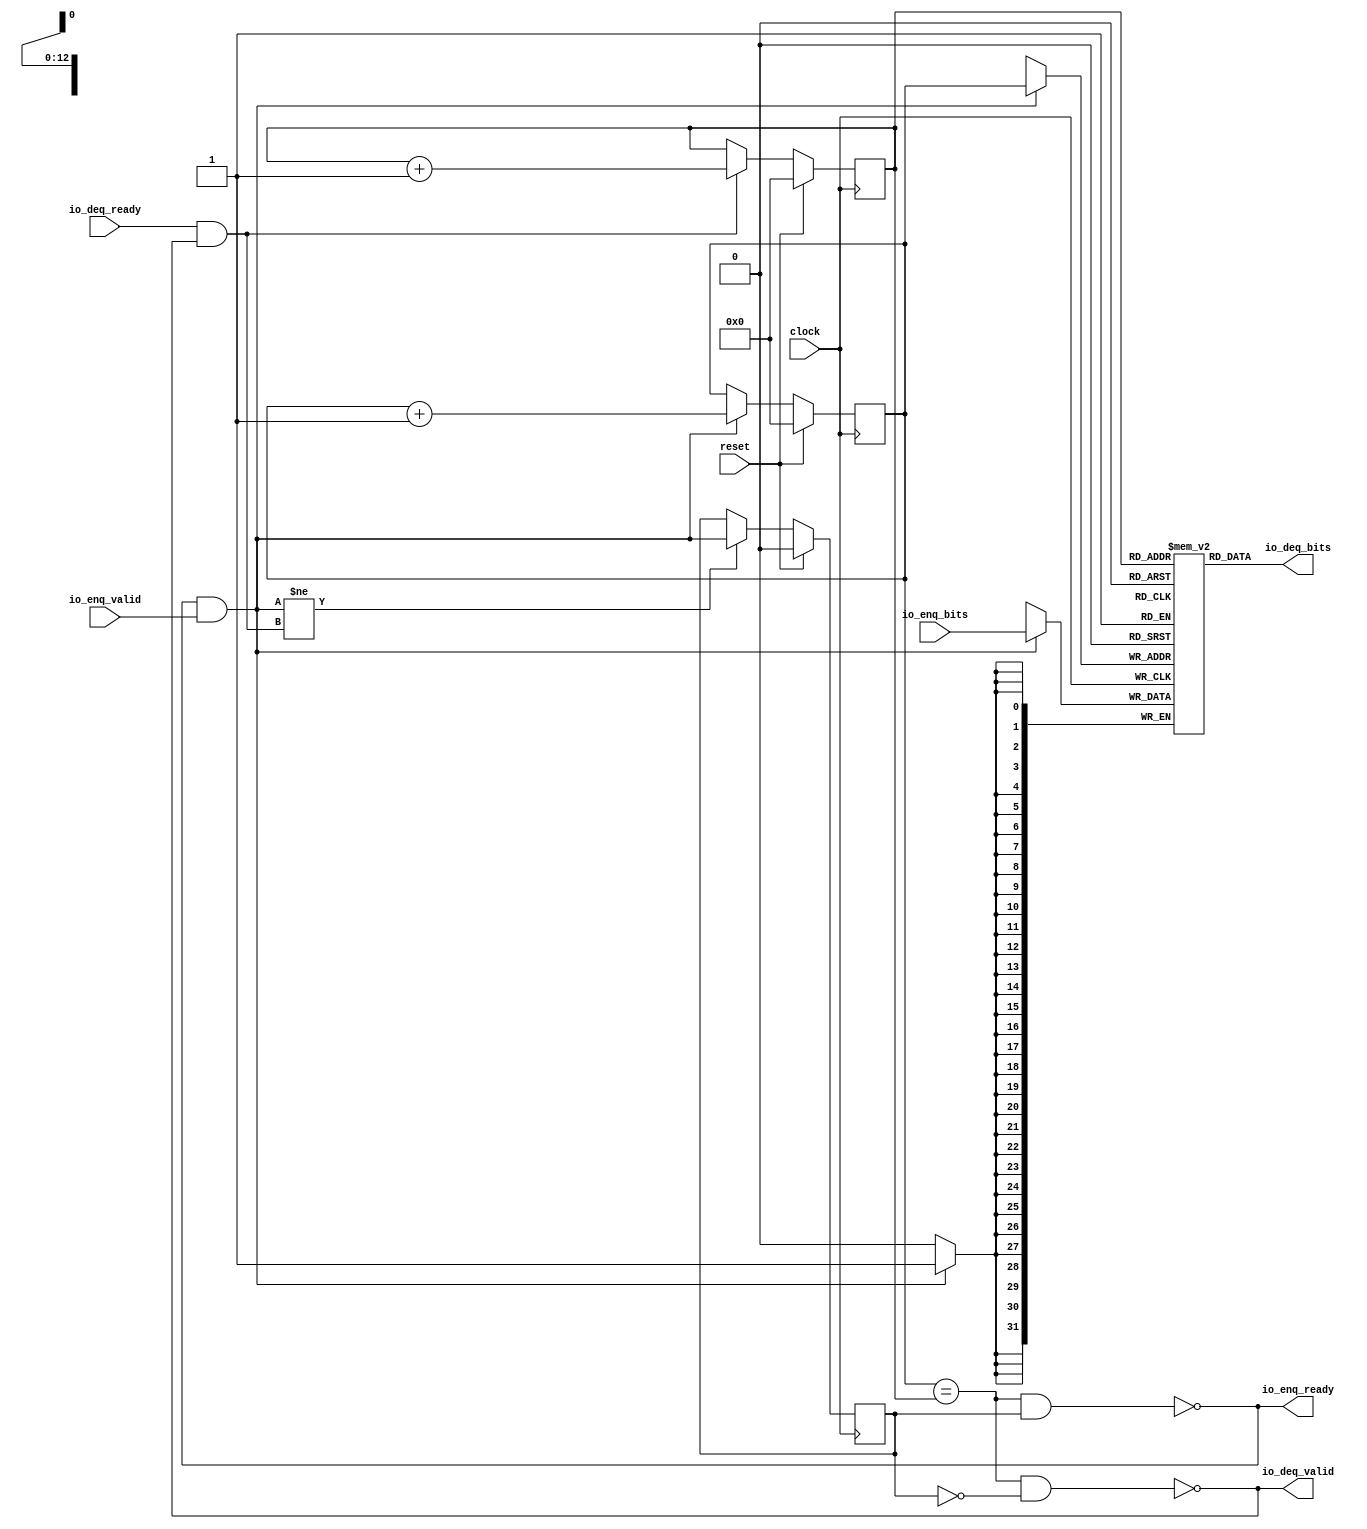
module Queue8192(
  input         clock,
  input         reset,
  output        io_enq_ready,
  input         io_enq_valid,
  input  [31:0] io_enq_bits,
  input         io_deq_ready,
  output        io_deq_valid,
  output [31:0] io_deq_bits
);
  reg [31:0] _T [0:8191]; // @[Decoupled.scala 209:24]
  reg [31:0] _RAND_0;
  wire [31:0] _T__T_18_data; // @[Decoupled.scala 209:24]
  wire [12:0] _T__T_18_addr; // @[Decoupled.scala 209:24]
  wire [31:0] _T__T_10_data; // @[Decoupled.scala 209:24]
  wire [12:0] _T__T_10_addr; // @[Decoupled.scala 209:24]
  wire  _T__T_10_mask; // @[Decoupled.scala 209:24]
  wire  _T__T_10_en; // @[Decoupled.scala 209:24]
  reg [12:0] value; // @[Counter.scala 29:33]
  reg [31:0] _RAND_1;
  reg [12:0] value_1; // @[Counter.scala 29:33]
  reg [31:0] _RAND_2;
  reg  _T_1; // @[Decoupled.scala 212:35]
  reg [31:0] _RAND_3;
  wire  _T_2; // @[Decoupled.scala 214:41]
  wire  _T_3; // @[Decoupled.scala 215:36]
  wire  _T_4; // @[Decoupled.scala 215:33]
  wire  _T_5; // @[Decoupled.scala 216:32]
  wire  _T_6; // @[Decoupled.scala 40:37]
  wire  _T_8; // @[Decoupled.scala 40:37]
  wire [12:0] _T_12; // @[Counter.scala 39:22]
  wire [12:0] _T_14; // @[Counter.scala 39:22]
  wire  _T_15; // @[Decoupled.scala 227:16]
  assign _T__T_18_addr = value_1;
  assign _T__T_18_data = _T[_T__T_18_addr]; // @[Decoupled.scala 209:24]
  assign _T__T_10_data = io_enq_bits;
  assign _T__T_10_addr = value;
  assign _T__T_10_mask = 1'h1;
  assign _T__T_10_en = io_enq_ready & io_enq_valid;
  assign _T_2 = value == value_1; // @[Decoupled.scala 214:41]
  assign _T_3 = ~_T_1; // @[Decoupled.scala 215:36]
  assign _T_4 = _T_2 & _T_3; // @[Decoupled.scala 215:33]
  assign _T_5 = _T_2 & _T_1; // @[Decoupled.scala 216:32]
  assign _T_6 = io_enq_ready & io_enq_valid; // @[Decoupled.scala 40:37]
  assign _T_8 = io_deq_ready & io_deq_valid; // @[Decoupled.scala 40:37]
  assign _T_12 = value + 13'h1; // @[Counter.scala 39:22]
  assign _T_14 = value_1 + 13'h1; // @[Counter.scala 39:22]
  assign _T_15 = _T_6 != _T_8; // @[Decoupled.scala 227:16]
  assign io_enq_ready = ~_T_5; // @[Decoupled.scala 232:16]
  assign io_deq_valid = ~_T_4; // @[Decoupled.scala 231:16]
  assign io_deq_bits = _T__T_18_data; // @[Decoupled.scala 233:15]
`ifdef RANDOMIZE_GARBAGE_ASSIGN
`define RANDOMIZE
`endif
`ifdef RANDOMIZE_INVALID_ASSIGN
`define RANDOMIZE
`endif
`ifdef RANDOMIZE_REG_INIT
`define RANDOMIZE
`endif
`ifdef RANDOMIZE_MEM_INIT
`define RANDOMIZE
`endif
`ifndef RANDOM
`define RANDOM $random
`endif
`ifdef RANDOMIZE_MEM_INIT
  integer initvar;
`endif
`ifndef SYNTHESIS
initial begin
  `ifdef RANDOMIZE
    `ifdef INIT_RANDOM
      `INIT_RANDOM
    `endif
    `ifndef VERILATOR
      `ifdef RANDOMIZE_DELAY
        #`RANDOMIZE_DELAY begin end
      `else
        #0.002 begin end
      `endif
    `endif
  _RAND_0 = {1{`RANDOM}};
  `ifdef RANDOMIZE_MEM_INIT
  for (initvar = 0; initvar < 8192; initvar = initvar+1)
    _T[initvar] = _RAND_0[31:0];
  `endif // RANDOMIZE_MEM_INIT
  `ifdef RANDOMIZE_REG_INIT
  _RAND_1 = {1{`RANDOM}};
  value = _RAND_1[12:0];
  `endif // RANDOMIZE_REG_INIT
  `ifdef RANDOMIZE_REG_INIT
  _RAND_2 = {1{`RANDOM}};
  value_1 = _RAND_2[12:0];
  `endif // RANDOMIZE_REG_INIT
  `ifdef RANDOMIZE_REG_INIT
  _RAND_3 = {1{`RANDOM}};
  _T_1 = _RAND_3[0:0];
  `endif // RANDOMIZE_REG_INIT
  `endif // RANDOMIZE
end // initial
`endif // SYNTHESIS
  always @(posedge clock) begin
    if(_T__T_10_en & _T__T_10_mask) begin
      _T[_T__T_10_addr] <= _T__T_10_data; // @[Decoupled.scala 209:24]
    end
    if (reset) begin
      value <= 13'h0;
    end else if (_T_6) begin
      value <= _T_12;
    end
    if (reset) begin
      value_1 <= 13'h0;
    end else if (_T_8) begin
      value_1 <= _T_14;
    end
    if (reset) begin
      _T_1 <= 1'h0;
    end else if (_T_15) begin
      _T_1 <= _T_6;
    end
  end
endmodule
module Queue8192_1(
  input   clock,
  input   reset,
  output  io_enq_ready,
  input   io_enq_valid,
  input   io_enq_bits,
  input   io_deq_ready,
  output  io_deq_valid,
  output  io_deq_bits
);
  reg  _T [0:8191]; // @[Decoupled.scala 209:24]
  reg [31:0] _RAND_0;
  wire  _T__T_18_data; // @[Decoupled.scala 209:24]
  wire [12:0] _T__T_18_addr; // @[Decoupled.scala 209:24]
  wire  _T__T_10_data; // @[Decoupled.scala 209:24]
  wire [12:0] _T__T_10_addr; // @[Decoupled.scala 209:24]
  wire  _T__T_10_mask; // @[Decoupled.scala 209:24]
  wire  _T__T_10_en; // @[Decoupled.scala 209:24]
  reg [12:0] value; // @[Counter.scala 29:33]
  reg [31:0] _RAND_1;
  reg [12:0] value_1; // @[Counter.scala 29:33]
  reg [31:0] _RAND_2;
  reg  _T_1; // @[Decoupled.scala 212:35]
  reg [31:0] _RAND_3;
  wire  _T_2; // @[Decoupled.scala 214:41]
  wire  _T_3; // @[Decoupled.scala 215:36]
  wire  _T_4; // @[Decoupled.scala 215:33]
  wire  _T_5; // @[Decoupled.scala 216:32]
  wire  _T_6; // @[Decoupled.scala 40:37]
  wire  _T_8; // @[Decoupled.scala 40:37]
  wire [12:0] _T_12; // @[Counter.scala 39:22]
  wire [12:0] _T_14; // @[Counter.scala 39:22]
  wire  _T_15; // @[Decoupled.scala 227:16]
  assign _T__T_18_addr = value_1;
  assign _T__T_18_data = _T[_T__T_18_addr]; // @[Decoupled.scala 209:24]
  assign _T__T_10_data = io_enq_bits;
  assign _T__T_10_addr = value;
  assign _T__T_10_mask = 1'h1;
  assign _T__T_10_en = io_enq_ready & io_enq_valid;
  assign _T_2 = value == value_1; // @[Decoupled.scala 214:41]
  assign _T_3 = ~_T_1; // @[Decoupled.scala 215:36]
  assign _T_4 = _T_2 & _T_3; // @[Decoupled.scala 215:33]
  assign _T_5 = _T_2 & _T_1; // @[Decoupled.scala 216:32]
  assign _T_6 = io_enq_ready & io_enq_valid; // @[Decoupled.scala 40:37]
  assign _T_8 = io_deq_ready & io_deq_valid; // @[Decoupled.scala 40:37]
  assign _T_12 = value + 13'h1; // @[Counter.scala 39:22]
  assign _T_14 = value_1 + 13'h1; // @[Counter.scala 39:22]
  assign _T_15 = _T_6 != _T_8; // @[Decoupled.scala 227:16]
  assign io_enq_ready = ~_T_5; // @[Decoupled.scala 232:16]
  assign io_deq_valid = ~_T_4; // @[Decoupled.scala 231:16]
  assign io_deq_bits = _T__T_18_data; // @[Decoupled.scala 233:15]
`ifdef RANDOMIZE_GARBAGE_ASSIGN
`define RANDOMIZE
`endif
`ifdef RANDOMIZE_INVALID_ASSIGN
`define RANDOMIZE
`endif
`ifdef RANDOMIZE_REG_INIT
`define RANDOMIZE
`endif
`ifdef RANDOMIZE_MEM_INIT
`define RANDOMIZE
`endif
`ifndef RANDOM
`define RANDOM $random
`endif
`ifdef RANDOMIZE_MEM_INIT
  integer initvar;
`endif
`ifndef SYNTHESIS
initial begin
  `ifdef RANDOMIZE
    `ifdef INIT_RANDOM
      `INIT_RANDOM
    `endif
    `ifndef VERILATOR
      `ifdef RANDOMIZE_DELAY
        #`RANDOMIZE_DELAY begin end
      `else
        #0.002 begin end
      `endif
    `endif
  _RAND_0 = {1{`RANDOM}};
  `ifdef RANDOMIZE_MEM_INIT
  for (initvar = 0; initvar < 8192; initvar = initvar+1)
    _T[initvar] = _RAND_0[0:0];
  `endif // RANDOMIZE_MEM_INIT
  `ifdef RANDOMIZE_REG_INIT
  _RAND_1 = {1{`RANDOM}};
  value = _RAND_1[12:0];
  `endif // RANDOMIZE_REG_INIT
  `ifdef RANDOMIZE_REG_INIT
  _RAND_2 = {1{`RANDOM}};
  value_1 = _RAND_2[12:0];
  `endif // RANDOMIZE_REG_INIT
  `ifdef RANDOMIZE_REG_INIT
  _RAND_3 = {1{`RANDOM}};
  _T_1 = _RAND_3[0:0];
  `endif // RANDOMIZE_REG_INIT
  `endif // RANDOMIZE
end // initial
`endif // SYNTHESIS
  always @(posedge clock) begin
    if(_T__T_10_en & _T__T_10_mask) begin
      _T[_T__T_10_addr] <= _T__T_10_data; // @[Decoupled.scala 209:24]
    end
    if (reset) begin
      value <= 13'h0;
    end else if (_T_6) begin
      value <= _T_12;
    end
    if (reset) begin
      value_1 <= 13'h0;
    end else if (_T_8) begin
      value_1 <= _T_14;
    end
    if (reset) begin
      _T_1 <= 1'h0;
    end else if (_T_15) begin
      _T_1 <= _T_6;
    end
  end
endmodule
module QueueLastGbemac8192(
  input         clock,
  input         reset,
  output        io_full,
  input         io_deq_ready,
  output        io_deq_valid,
  output [31:0] io_deq_bits,
  output        io_enq_ready,
  input         io_enq_valid,
  input  [31:0] io_enq_bits,
  input         io_enq_last,
  output        io_deq_last
);
  wire  q_clock; // @[QueueGbemac.scala 79:17]
  wire  q_reset; // @[QueueGbemac.scala 79:17]
  wire  q_io_enq_ready; // @[QueueGbemac.scala 79:17]
  wire  q_io_enq_valid; // @[QueueGbemac.scala 79:17]
  wire [31:0] q_io_enq_bits; // @[QueueGbemac.scala 79:17]
  wire  q_io_deq_ready; // @[QueueGbemac.scala 79:17]
  wire  q_io_deq_valid; // @[QueueGbemac.scala 79:17]
  wire [31:0] q_io_deq_bits; // @[QueueGbemac.scala 79:17]
  wire  q_last_clock; // @[QueueGbemac.scala 81:22]
  wire  q_last_reset; // @[QueueGbemac.scala 81:22]
  wire  q_last_io_enq_ready; // @[QueueGbemac.scala 81:22]
  wire  q_last_io_enq_valid; // @[QueueGbemac.scala 81:22]
  wire  q_last_io_enq_bits; // @[QueueGbemac.scala 81:22]
  wire  q_last_io_deq_ready; // @[QueueGbemac.scala 81:22]
  wire  q_last_io_deq_valid; // @[QueueGbemac.scala 81:22]
  wire  q_last_io_deq_bits; // @[QueueGbemac.scala 81:22]
  reg [31:0] counter; // @[QueueGbemac.scala 83:24]
  reg [31:0] _RAND_0;
  wire  _T; // @[Decoupled.scala 40:37]
  wire  _T_1; // @[Decoupled.scala 40:37]
  wire  _T_2; // @[QueueGbemac.scala 86:25]
  wire  _T_3; // @[QueueGbemac.scala 86:22]
  wire [31:0] _T_5; // @[QueueGbemac.scala 87:24]
  wire  _T_7; // @[QueueGbemac.scala 88:14]
  wire  _T_9; // @[QueueGbemac.scala 88:29]
  wire [31:0] _T_11; // @[QueueGbemac.scala 89:24]
  wire  _T_12; // @[QueueGbemac.scala 95:37]
  Queue8192 q ( // @[QueueGbemac.scala 79:17]
    .clock(q_clock),
    .reset(q_reset),
    .io_enq_ready(q_io_enq_ready),
    .io_enq_valid(q_io_enq_valid),
    .io_enq_bits(q_io_enq_bits),
    .io_deq_ready(q_io_deq_ready),
    .io_deq_valid(q_io_deq_valid),
    .io_deq_bits(q_io_deq_bits)
  );
  Queue8192_1 q_last ( // @[QueueGbemac.scala 81:22]
    .clock(q_last_clock),
    .reset(q_last_reset),
    .io_enq_ready(q_last_io_enq_ready),
    .io_enq_valid(q_last_io_enq_valid),
    .io_enq_bits(q_last_io_enq_bits),
    .io_deq_ready(q_last_io_deq_ready),
    .io_deq_valid(q_last_io_deq_valid),
    .io_deq_bits(q_last_io_deq_bits)
  );
  assign _T = io_enq_ready & io_enq_valid; // @[Decoupled.scala 40:37]
  assign _T_1 = io_deq_ready & io_deq_valid; // @[Decoupled.scala 40:37]
  assign _T_2 = ~_T_1; // @[QueueGbemac.scala 86:25]
  assign _T_3 = _T & _T_2; // @[QueueGbemac.scala 86:22]
  assign _T_5 = counter + 32'h1; // @[QueueGbemac.scala 87:24]
  assign _T_7 = ~_T; // @[QueueGbemac.scala 88:14]
  assign _T_9 = _T_7 & _T_1; // @[QueueGbemac.scala 88:29]
  assign _T_11 = counter - 32'h1; // @[QueueGbemac.scala 89:24]
  assign _T_12 = ~io_full; // @[QueueGbemac.scala 95:37]
  assign io_full = counter == 32'h1ff0; // @[QueueGbemac.scala 106:11]
  assign io_deq_valid = q_io_deq_valid; // @[QueueGbemac.scala 98:10]
  assign io_deq_bits = q_io_deq_bits; // @[QueueGbemac.scala 98:10]
  assign io_enq_ready = q_io_enq_ready & _T_12; // @[QueueGbemac.scala 96:16]
  assign io_deq_last = q_last_io_deq_bits; // @[QueueGbemac.scala 104:15]
  assign q_clock = clock;
  assign q_reset = reset;
  assign q_io_enq_valid = io_enq_valid & _T_12; // @[QueueGbemac.scala 95:18]
  assign q_io_enq_bits = io_enq_bits; // @[QueueGbemac.scala 93:17]
  assign q_io_deq_ready = io_deq_ready; // @[QueueGbemac.scala 98:10]
  assign q_last_clock = clock;
  assign q_last_reset = reset;
  assign q_last_io_enq_valid = io_enq_valid & _T_12; // @[QueueGbemac.scala 101:23]
  assign q_last_io_enq_bits = io_enq_last; // @[QueueGbemac.scala 100:22]
  assign q_last_io_deq_ready = io_deq_ready; // @[QueueGbemac.scala 103:23]
`ifdef RANDOMIZE_GARBAGE_ASSIGN
`define RANDOMIZE
`endif
`ifdef RANDOMIZE_INVALID_ASSIGN
`define RANDOMIZE
`endif
`ifdef RANDOMIZE_REG_INIT
`define RANDOMIZE
`endif
`ifdef RANDOMIZE_MEM_INIT
`define RANDOMIZE
`endif
`ifndef RANDOM
`define RANDOM $random
`endif
`ifdef RANDOMIZE_MEM_INIT
  integer initvar;
`endif
`ifndef SYNTHESIS
initial begin
  `ifdef RANDOMIZE
    `ifdef INIT_RANDOM
      `INIT_RANDOM
    `endif
    `ifndef VERILATOR
      `ifdef RANDOMIZE_DELAY
        #`RANDOMIZE_DELAY begin end
      `else
        #0.002 begin end
      `endif
    `endif
  `ifdef RANDOMIZE_REG_INIT
  _RAND_0 = {1{`RANDOM}};
  counter = _RAND_0[31:0];
  `endif // RANDOMIZE_REG_INIT
  `endif // RANDOMIZE
end // initial
`endif // SYNTHESIS
  always @(posedge clock) begin
    if (reset) begin
      counter <= 32'h0;
    end else if (_T_3) begin
      counter <= _T_5;
    end else if (_T_9) begin
      counter <= _T_11;
    end
  end
endmodule